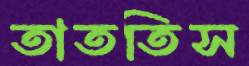
তাততিস